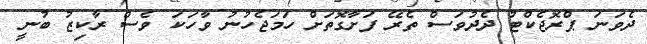
ދެވަނަ ޕްރޮޖެކްޓު ދެދުވަސް ތެރޭ ފަށާގޮތަށް ހަމަޖެހުނު ވާހަކަ ވެސް ރާކިޒު ބުނީ